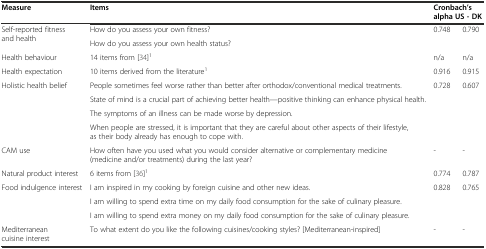
<table><thead><tr><td><b>Measure</b></td><td><b>Items</b></td><td colspan="2"><b>Cronbach’s alpha US - DK</b></td></tr></thead><tbody><tr><td rowspan="2">Self-reported fitness and health</td><td>How do you assess your own fitness?</td><td rowspan="2">0.748</td><td rowspan="2">0.790</td></tr><tr><td>How do you assess your own health status?</td></tr><tr><td>Health behaviour</td><td>14 items from [34]<sup>1</sup></td><td>n/a</td><td>n/a</td></tr><tr><td>Health expectation</td><td>10 items derived from the literature<sup>1</sup></td><td>0.916</td><td>0.915</td></tr><tr><td rowspan="4">Holistic health belief</td><td>People sometimes feel worse rather than better after orthodox/conventional medical treatments.</td><td rowspan="4">0.728</td><td rowspan="4">0.607</td></tr><tr><td>State of mind is a crucial part of achieving better health—positive thinking can enhance physical health.</td></tr><tr><td>The symptoms of an illness can be made worse by depression.</td></tr><tr><td>When people are stressed, it is important that they are careful about other aspects of their lifestyle, as their body already has enough to cope with.</td></tr><tr><td>CAM use</td><td>How often have you used what you would consider alternative or complementary medicine (medicine and/or treatments) during the last year?</td><td>-</td><td>-</td></tr><tr><td>Natural product interest</td><td>6 items from [36]<sup>1</sup></td><td>0.774</td><td>0.787</td></tr><tr><td rowspan="3">Food indulgence interest</td><td>I am inspired in my cooking by foreign cuisine and other new ideas.</td><td rowspan="3">0.828</td><td rowspan="3">0.765</td></tr><tr><td>I am willing to spend extra time on my daily food consumption for the sake of culinary pleasure.</td></tr><tr><td>I am willing to spend extra money on my daily food consumption for the sake of culinary pleasure.</td></tr><tr><td>Mediterranean cuisine interest</td><td>To what extent do you like the following cuisines/cooking styles? [Mediterranean-inspired]</td><td>-</td><td>-</td></tr></tbody></table>